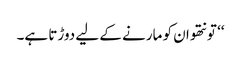
‘‘ تو نتھو ان کو مارنے کے لیے دوڑتا ہے۔